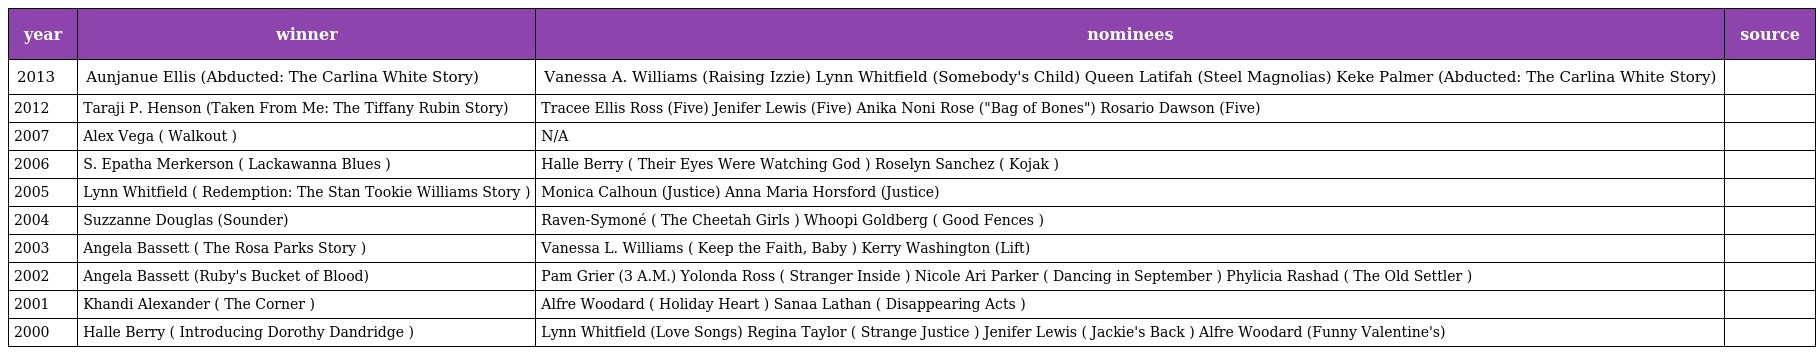
| year | winner | nominees | source |
 | --- | --- | --- | --- |
 | 2013 | Aunjanue Ellis (Abducted: The Carlina White Story) | Vanessa A. Williams (Raising Izzie) Lynn Whitfield (Somebody's Child) Queen Latifah (Steel Magnolias) Keke Palmer (Abducted: The Carlina White Story) |  |
 | 2012 | Taraji P. Henson (Taken From Me: The Tiffany Rubin Story) | Tracee Ellis Ross (Five) Jenifer Lewis (Five) Anika Noni Rose ("Bag of Bones") Rosario Dawson (Five) |  |
 | 2007 | Alex Vega ( Walkout ) | N/A |  |
 | 2006 | S. Epatha Merkerson ( Lackawanna Blues ) | Halle Berry ( Their Eyes Were Watching God ) Roselyn Sanchez ( Kojak ) |  |
 | 2005 | Lynn Whitfield ( Redemption: The Stan Tookie Williams Story ) | Monica Calhoun (Justice) Anna Maria Horsford (Justice) |  |
 | 2004 | Suzzanne Douglas (Sounder) | Raven-Symoné ( The Cheetah Girls ) Whoopi Goldberg ( Good Fences ) |  |
 | 2003 | Angela Bassett ( The Rosa Parks Story ) | Vanessa L. Williams ( Keep the Faith, Baby ) Kerry Washington (Lift) |  |
 | 2002 | Angela Bassett (Ruby's Bucket of Blood) | Pam Grier (3 A.M.) Yolonda Ross ( Stranger Inside ) Nicole Ari Parker ( Dancing in September ) Phylicia Rashad ( The Old Settler ) |  |
 | 2001 | Khandi Alexander ( The Corner ) | Alfre Woodard ( Holiday Heart ) Sanaa Lathan ( Disappearing Acts ) |  |
 | 2000 | Halle Berry ( Introducing Dorothy Dandridge ) | Lynn Whitfield (Love Songs) Regina Taylor ( Strange Justice ) Jenifer Lewis ( Jackie's Back ) Alfre Woodard (Funny Valentine's) |  |